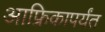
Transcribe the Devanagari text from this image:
आफ्रिकापर्यंत